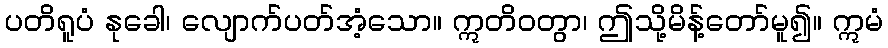
ပတိရူပံ နုခေါ၊ လျောက်ပတ်အံ့သော။ ဣတိဝတွာ၊ ဤသို့မိန့်တော်မူ၍။ ဣမံ